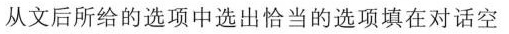
从文后所给的选项中选出恰当的选项填在对话空